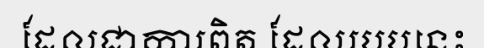
ដែលជាការពិត ដែលរបបនេះ